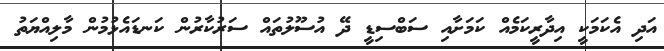
އަދި އެކަމަކީ އިދާރީކަމެއް ކަމަށާއި ސަބްސިޑީ ދޭ އުސޫލުތައް ސަރުކާރުން ކަނޑައެޅުމުން މާލިއްޔަތު